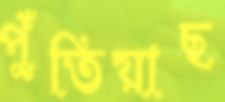
পুঁতিয়াছ